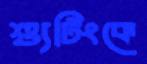
শ্যুটিংকে